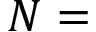
N =